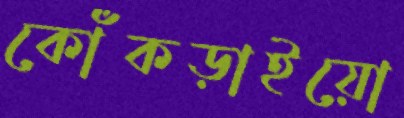
কোঁকড়াইয়ো